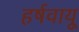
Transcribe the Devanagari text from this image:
हर्षवायू